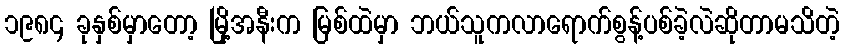
၁၉၈၄ ခုနှစ်မှာတော့ မြို့အနီးက မြစ်ထဲမှာ ဘယ်သူကလာရောက်စွန့်ပစ်ခဲ့လဲဆိုတာမသိတဲ့